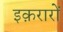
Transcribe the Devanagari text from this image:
इक़रारों